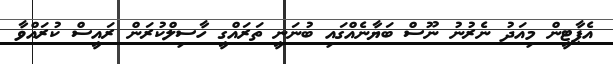
އެޕާޓީން މިއަދު ނެރުނު ނޫސް ބަޔާނެއްގައި ބުނަނީ ތަރައްގީ ހާސިލްކުރަން ރައީސް ކުރައްވާ